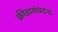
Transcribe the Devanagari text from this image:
क्रीडासंघटना